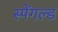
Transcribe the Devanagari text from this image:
स्पेंगल्ड